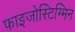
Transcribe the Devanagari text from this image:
फाइजोस्टिग्मिन